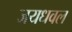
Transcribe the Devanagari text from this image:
जयधवल